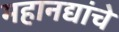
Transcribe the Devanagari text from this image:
महानद्यांचे